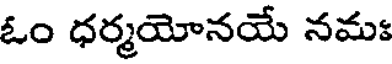
ఓం ధర్మయోనయే నమః